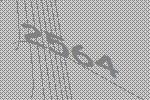
2564